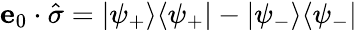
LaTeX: \mathbf{e}_{0}\cdot\hat{\mathbf{\sigma}}=|\psi_{+}\rangle\langle\psi_{+}|-|\psi_{-}\rangle\langle\psi_{-}|